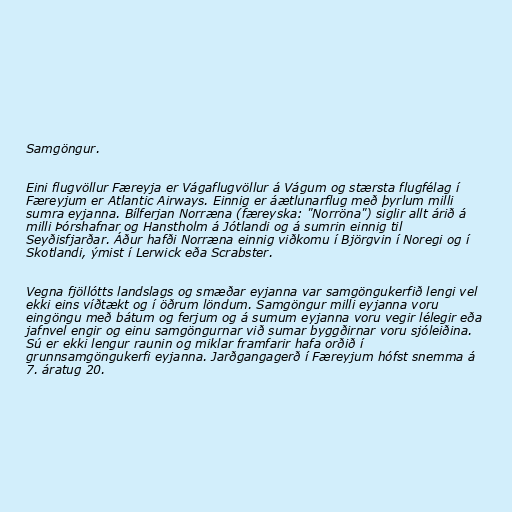
Samgöngur.

Eini flugvöllur Færeyja er Vágaflugvöllur á Vágum og stærsta flugfélag í
Færeyjum er Atlantic Airways. Einnig er áætlunarflug með þyrlum milli
sumra eyjanna. Bílferjan Norræna (færeyska: "Norröna") siglir allt árið á
milli Þórshafnar og Hanstholm á Jótlandi og á sumrin einnig til
Seyðisfjarðar. Áður hafði Norræna einnig viðkomu í Björgvin í Noregi og í
Skotlandi, ýmist í Lerwick eða Scrabster.

Vegna fjöllótts landslags og smæðar eyjanna var samgöngukerfið lengi vel
ekki eins víðtækt og í öðrum löndum. Samgöngur milli eyjanna voru
eingöngu með bátum og ferjum og á sumum eyjanna voru vegir lélegir eða
jafnvel engir og einu samgöngurnar við sumar byggðirnar voru sjóleiðina.
Sú er ekki lengur raunin og miklar framfarir hafa orðið í
grunnsamgöngukerfi eyjanna. Jarðgangagerð í Færeyjum hófst snemma á
7. áratug 20.